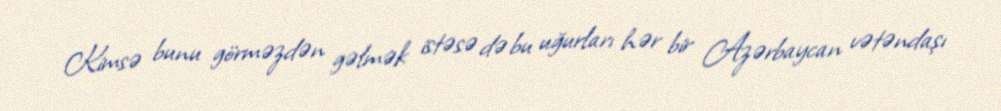
Kimsə bunu görməzdən gəlmək istəsə də bu uğurları hər bir Azərbaycan vətəndaşı